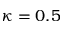
\kappa = 0 . 5